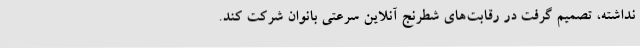
نداشته، تصمیم گرفت در رقابت‌های شطرنج آنلاین سرعتی بانوان شرکت کند.